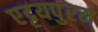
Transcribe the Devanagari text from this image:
एट्टयपुरम्